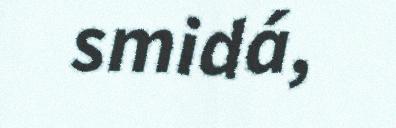
smidá,